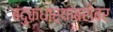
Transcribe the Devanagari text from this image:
बंदुकधार्‍यांबरोबर